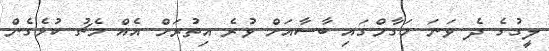
ލީގުގެ ދެ ވަނަ މަގާމްގައި ބާސާއަށް ވުރެ އިތުރަށް އެއް މެޗު ކުޅެގެން